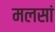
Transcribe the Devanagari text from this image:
मलसां